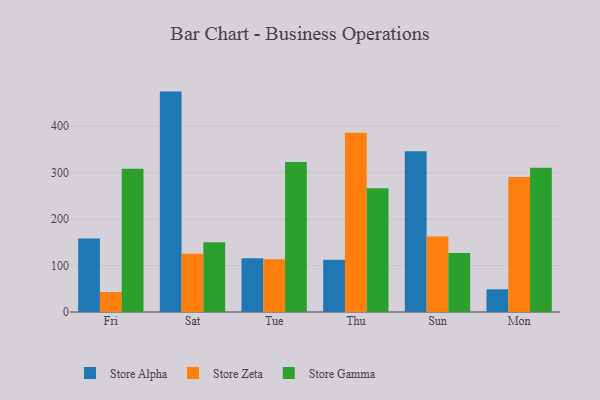
{"axis": {"x": "Day", "y": "Demand Index"}, "legend": ["Store Alpha", "Store Gamma", "Store Zeta"], "data": [{"x": "Fri", "y": 158.2, "type": "Store Alpha"}, {"x": "Fri", "y": 43.1, "type": "Store Zeta"}, {"x": "Fri", "y": 308.5, "type": "Store Gamma"}, {"x": "Sat", "y": 474.7, "type": "Store Alpha"}, {"x": "Sat", "y": 125.7, "type": "Store Zeta"}, {"x": "Sat", "y": 150.3, "type": "Store Gamma"}, {"x": "Tue", "y": 115.5, "type": "Store Alpha"}, {"x": "Tue", "y": 113.7, "type": "Store Zeta"}, {"x": "Tue", "y": 323.1, "type": "Store Gamma"}, {"x": "Thu", "y": 112.6, "type": "Store Alpha"}, {"x": "Thu", "y": 386.1, "type": "Store Zeta"}, {"x": "Thu", "y": 266.3, "type": "Store Gamma"}, {"x": "Sun", "y": 346.1, "type": "Store Alpha"}, {"x": "Sun", "y": 162.6, "type": "Store Zeta"}, {"x": "Sun", "y": 127.3, "type": "Store Gamma"}, {"x": "Mon", "y": 48.8, "type": "Store Alpha"}, {"x": "Mon", "y": 290.7, "type": "Store Zeta"}, {"x": "Mon", "y": 310.8, "type": "Store Gamma"}]}